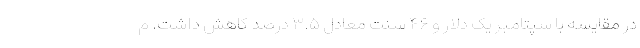
در مقایسه با سپتامبر یک دلار و ۴۶ سنت معادل ۳.۵ درصد کاهش داشت. م